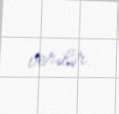
verilir.